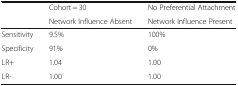
<table><thead><tr><td rowspan="2"></td><td><b>Cohort = 30</b></td><td><b>No Preferential Attachment</b></td></tr><tr><td><b>Network Influence Absent</b></td><td><b>Network Influence Present</b></td></tr></thead><tbody><tr><td>Sensitivity</td><td>9.5%</td><td>100%</td></tr><tr><td>Specificity</td><td>91%</td><td>0%</td></tr><tr><td>LR+</td><td>1.04</td><td>1.00</td></tr><tr><td>LR-</td><td>1.00</td><td>1.00</td></tr></tbody></table>